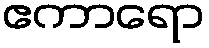
ဧကာရော